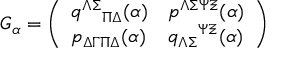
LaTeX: G _ { \alpha } = \left( \begin{array} { l l } { { q ^ { \Lambda \Sigma } { } _ { \Pi \Delta } ( \alpha ) } } & { { p ^ { \Lambda \Sigma \Psi \Xi } ( \alpha ) } } \\ { { p _ { \Delta \Gamma \Pi \Delta } ( \alpha ) } } & { { q _ { \Lambda \Sigma } { } ^ { \Psi \Xi } ( \alpha ) } } \end{array} \right)